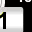
Digit: 1